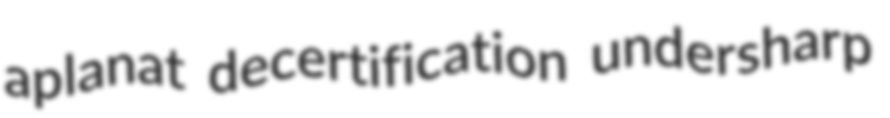
aplanat decertification undersharp